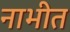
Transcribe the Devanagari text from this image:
नाभीत